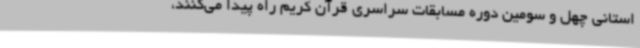
استانی چهل و سومین دوره مسابقات سراسری قرآن کریم راه پیدا می‌کنند،